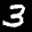
Label: 3